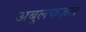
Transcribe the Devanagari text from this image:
अबुलफज़ल